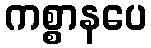
ကစ္စာနပေ